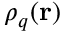
\rho _ { q } ( \mathbf { r } )